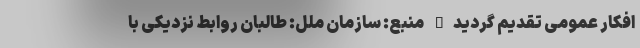
افکار عمومی تقدیم گردید" منبع: سازمان ملل: طالبان روابط نزدیکی با